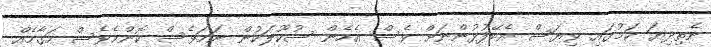
ނެތިދިޔަ ކަމުގައި ވިޔަސް އެބޭފުޅުންނަށް ވެސް އެހެން ސުކޫލަކުން ނަމަވެސް ކޮންމެވެސް މަގާމެއް